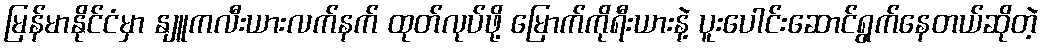
မြန်မာနိုင်ငံမှာ နျူကလီးယားလက်နက် ထုတ်လုပ်ဖို့ မြောက်ကိုရီးယားနဲ့ ပူးပေါင်းဆောင်ရွက်နေတယ်ဆိုတဲ့